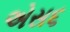
એસ૬